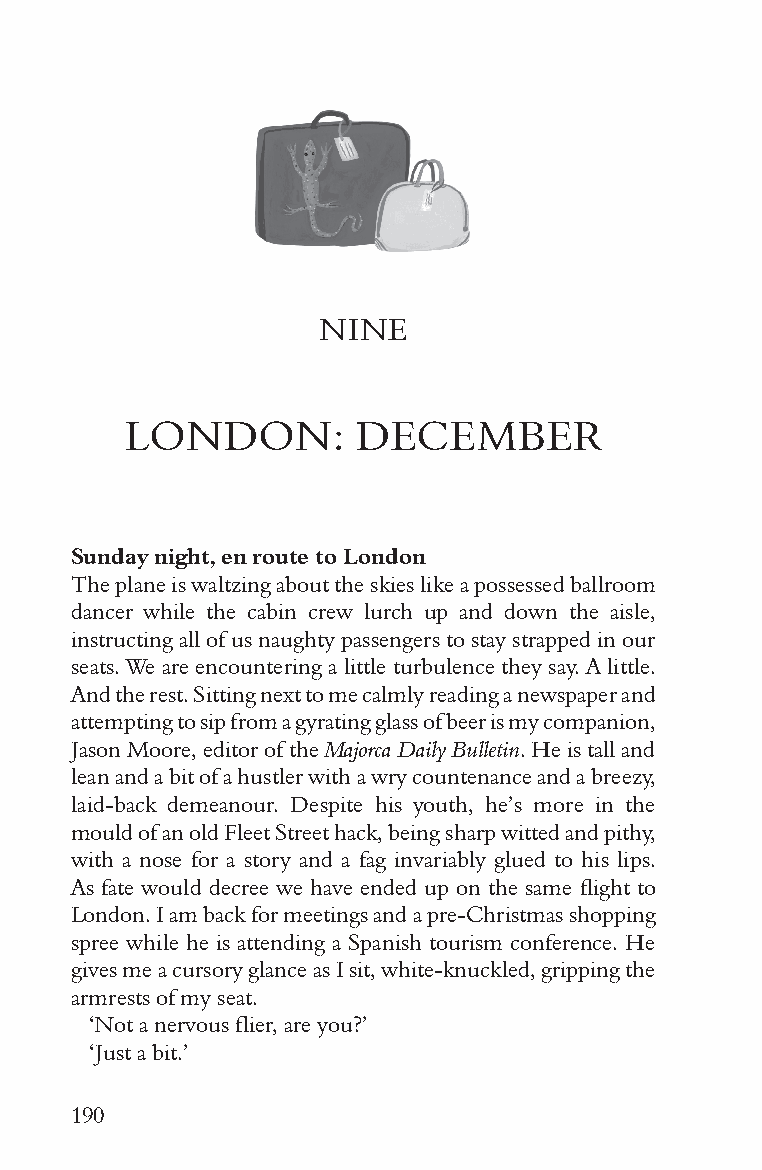
NINE
 LONDON:         DECEMBER
 Sunday night, en route to London
 The plane is waltzing about the skies like a possessed ballroom
 dancer while the cabin crew lurch up and down the aisle,
 instructing all of us naughty passengers to stay strapped in our
 seats. We are encountering a little turbulence they say. A little.
 And the rest. Sitting next to me calmly reading a newspaper and
 attempting to sip from a gyrating glass of beer is my companion,
 Jason Moore, editor of the Majorca Daily Bulletin. He is tall and
 lean and a bit of a hustler with a wry countenance and a breezy,
 laid-back demeanour. Despite his youth, he’s more in the
 mould of an old Fleet Street hack, being sharp witted and pithy,
 with a nose for a story and a fag invariably glued to his lips.
 As fate would decree we have ended up on the same flight to
 London. I am back for meetings and a pre-Christmas shopping
 spree while he is attending a Spanish tourism conference. He
 gives me a cursory glance as I sit, white-knuckled, gripping the
 armrests of my seat.
 ‘Not a nervous flier, are you?’
 ‘Just a bit.’
 190